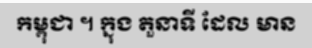
កម្ពុជា ។ ក្នុង តួនាទី ដែល មាន